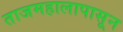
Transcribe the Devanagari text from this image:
ताजमहालापासून